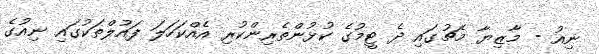
ނިއު - މާޒިޔާ މެޗުގައި ދެ ޓީމުގެ ކުޅުންތެރިންކުރި އެއްކަހަލަ ފައުލްތަކުގައި ނިއުގެ